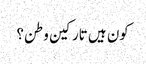
کون ہیں تارکین وطن؟